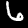
Label: 6